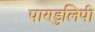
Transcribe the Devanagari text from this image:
पाण्डुलिपी